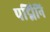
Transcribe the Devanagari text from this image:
पद्मिनि